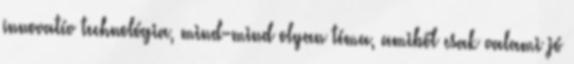
innovatív technológia, mind-mind olyan téma, amiből csak valami jó